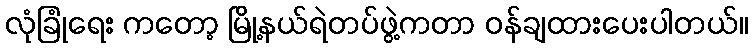
လုံခြုံရေး ကတော့ မြို့နယ်ရဲတပ်ဖွဲ့ကတာ ဝန်ချထားပေးပါတယ်။